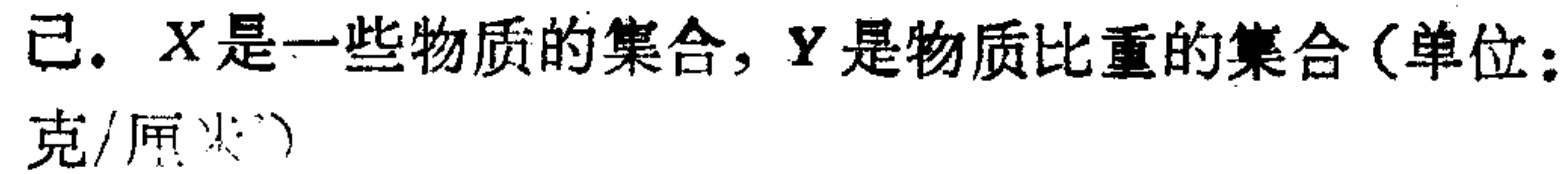
已. \(X\)是一些物质的集合，\(Y\)是物质比重的集合（单位：克/厘米³）